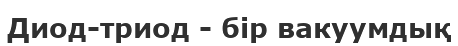
Диод-триод - бір вакуумдық